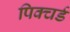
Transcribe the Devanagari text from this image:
पिक्चर्ड